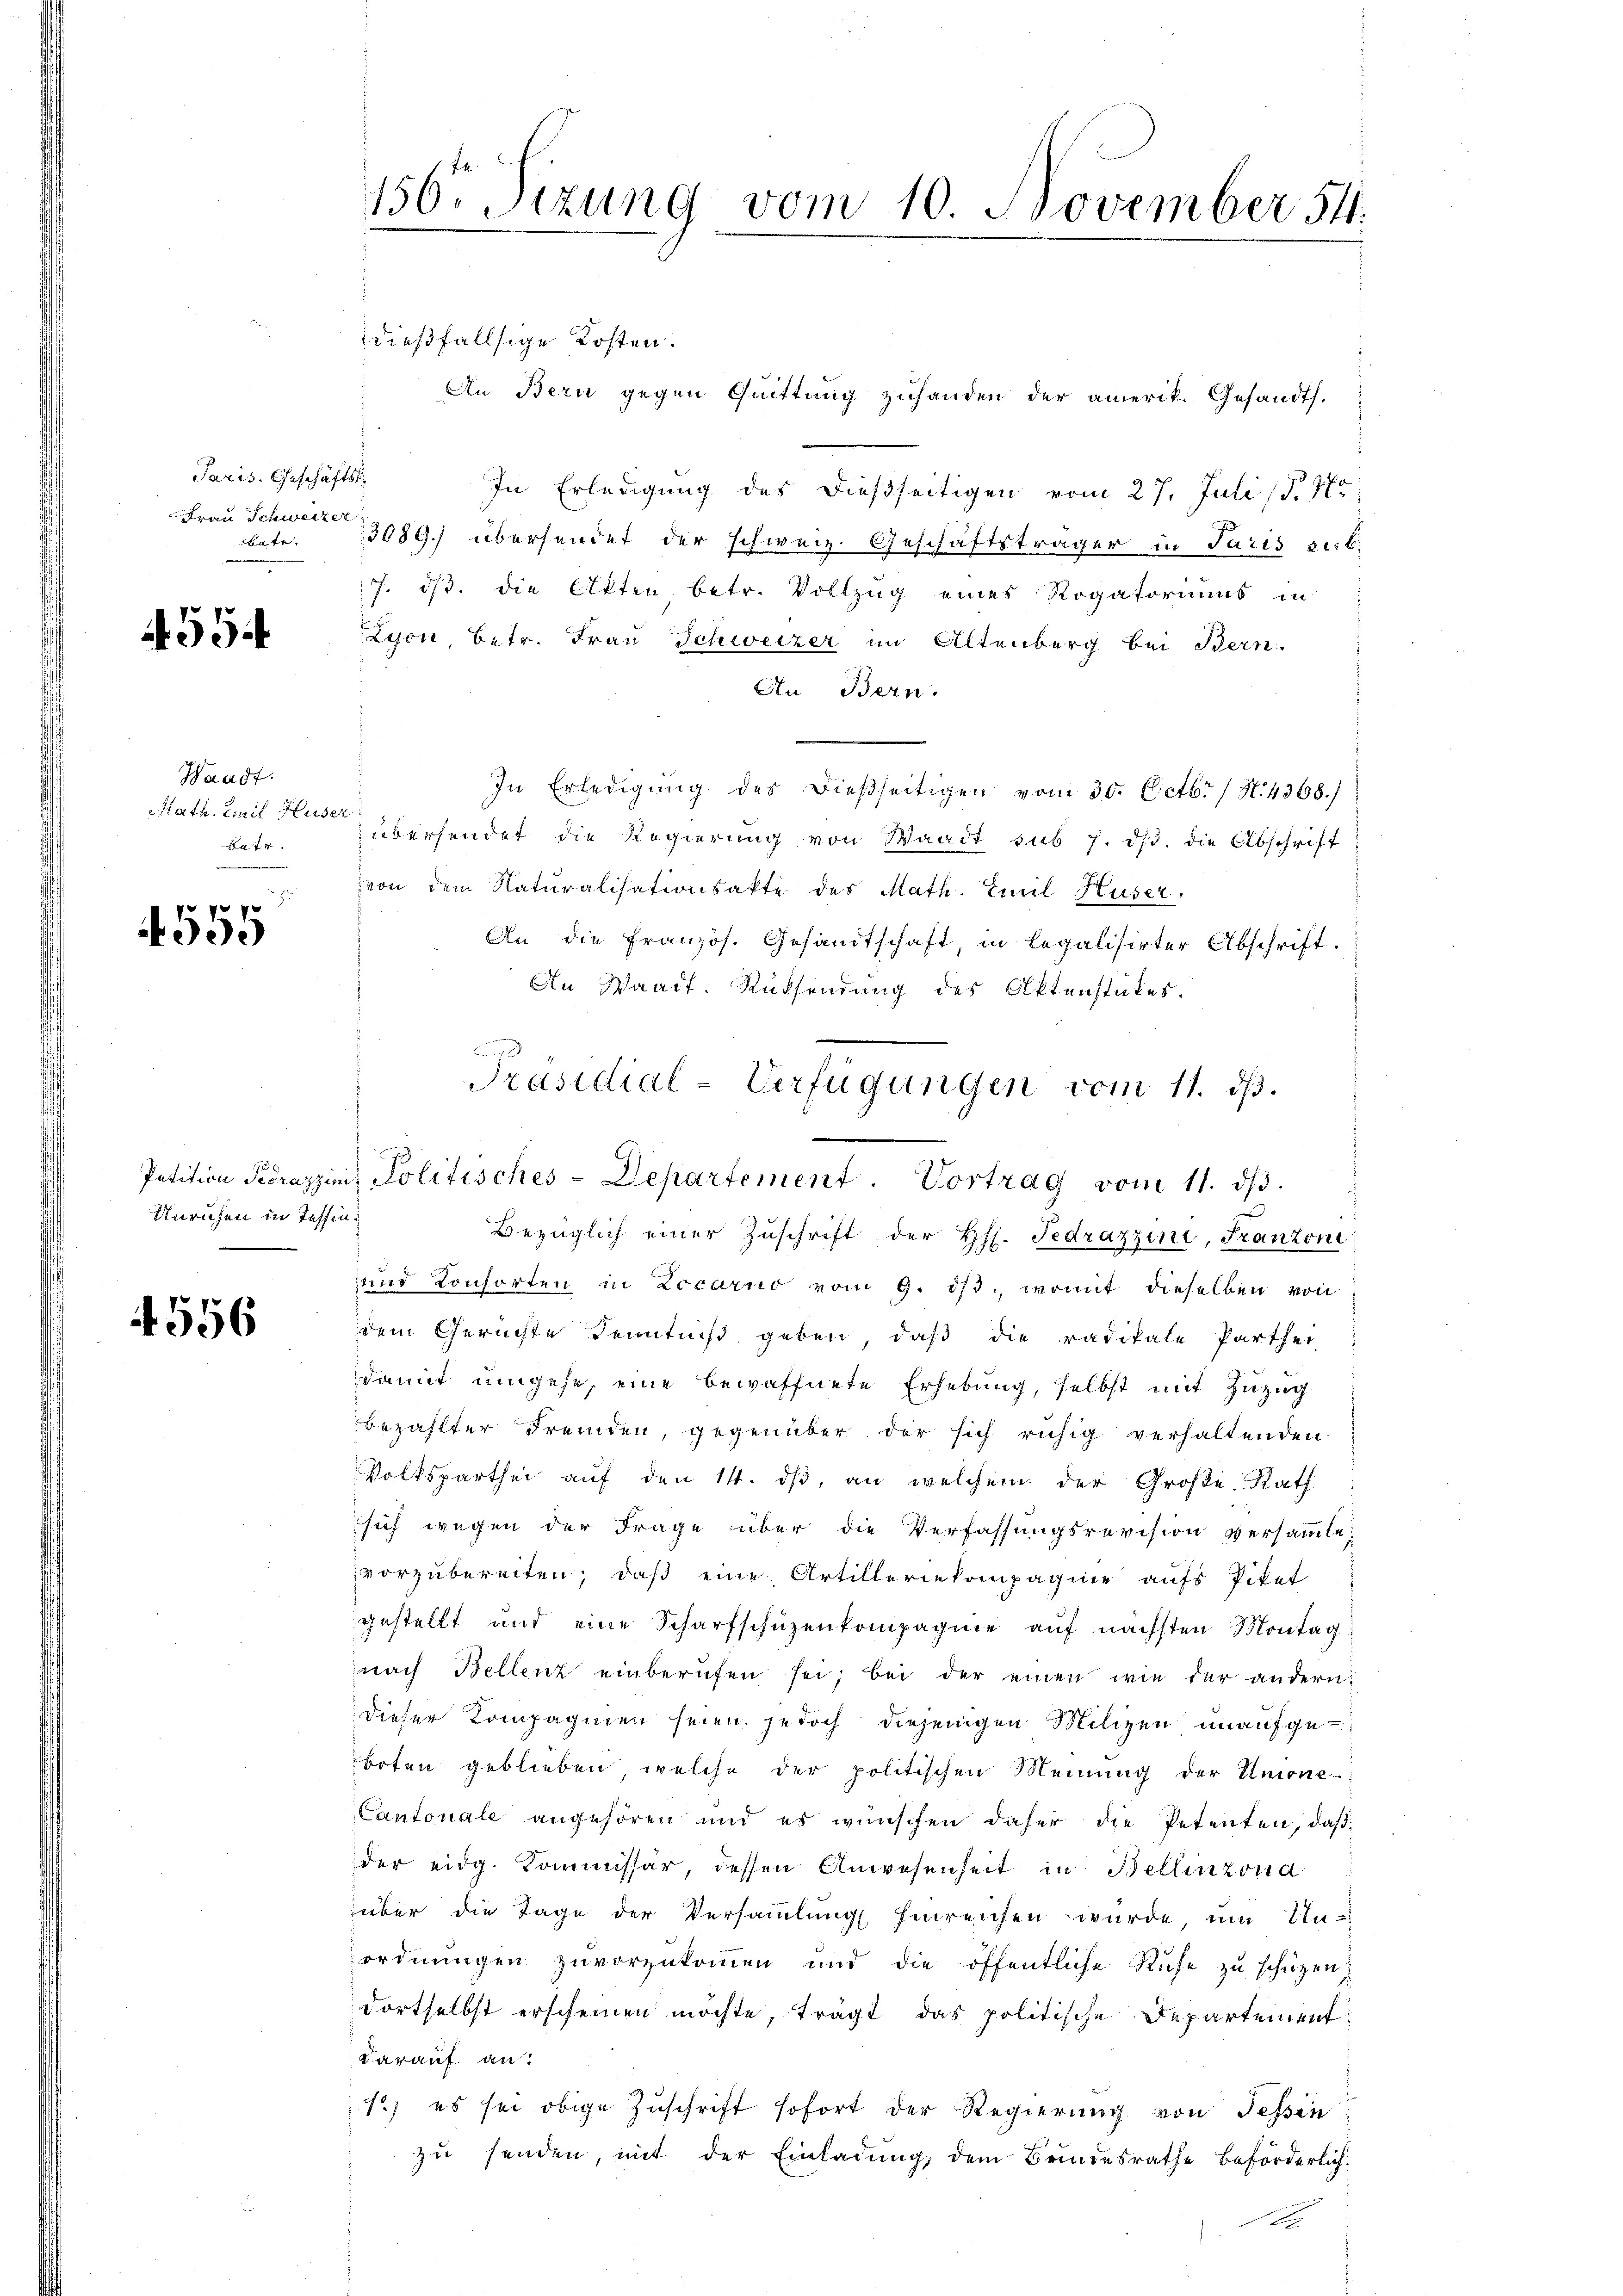
Paris. Geschäfts¬
Frau Schweizer
bate.

594

Waadt.
Math. Emil Huser
S. 74

555

Unruhen in Tessin:

556

156. Sizung vom 10. November 54.
dießfallsige Kosten.

An Bern gegen Quittung zuhanden der amerik. Gesandt.
s
In Erledigung des dießseitigen vom 27. Juli 1877
3089.) übersendet der schweiz. Geschäftsträger in Paris sich.
7. dß. Die Akten betr. Vollzug eines Rogatoriums in
Lyon, betr. Frau Schweizer im Altenberg bei Bern.
An Bern.
In Erledigung des dießseitigen vom 30. Octbr. / N. 4368.)
übersendet die Regierung von Waadt sub 7. dβ. die Abschrift
von dem Naturalisationsakte des Math. Emil Huser.
An die Französ. Gesandtschaft, in legalisirter Abschrift.
An Waadt. Rücksendung des Aktenstükes.
Bezüglich einer Zŭschrift der Hs. Fedrazzini, Franzoni
und Consorten in Locarno vom 9. ds., womit dieselben von
dem Gerichte Kenntniß geben, daß die radikale Parthei-
damit umgehe, eine bewaffnete Erhebung, selbst mit Zuzug
bezahlter Fremden, gegenüber der sich ruhig verhaltenden
Volksparthei aŭf den 14. dβ, an welchem der Große Rath
sich wegen der Frage über die Verfassungsrevision versammte,
vorzubereiten; daß eine Artilleriekompagnie aufs Piket:
gestellt und eine Scharfschüzenkompagnie auf nächsten Montag
nach Bellenz einberufen sei; bei der einen wie der andern.
dieser Kompagnien seien jedoch diejenigen Milizen unaufgeboten geblieben welche der politischen Meinŭng der Unione
Cantonale angehören und es wünschen daher die Petenten, daß
der eidg. Kommissär, dessen Anwesenheit in Bellinzond
über die Tage der Versaṁlŭng hinreichen wurde, um Un-
ordnungen zuvorzukommen und die öffentliche Ruhe zu schützen,
dortselbst erscheinen möchte, trägt das politische Departement
darauf an:
1) es sei obige Zuschrift sofort der Regierung von Tessin
zu senden, mit der Einladung, dem Brindesrathe beförderlich¬

Präsidial-Verfügungen vom 11. ds.
Petition Perazzini, Politisches-Departement. Vortrag vom 11. dβ.